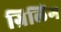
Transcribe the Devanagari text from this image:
ग्रिलिंग